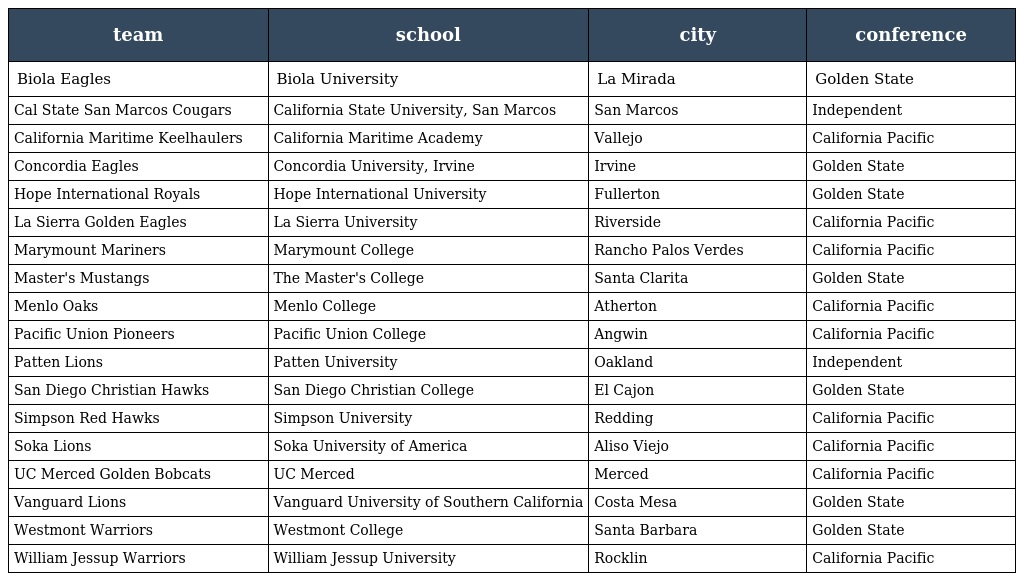
| team | school | city | conference |
 | --- | --- | --- | --- |
 | Biola Eagles | Biola University | La Mirada | Golden State |
 | Cal State San Marcos Cougars | California State University, San Marcos | San Marcos | Independent |
 | California Maritime Keelhaulers | California Maritime Academy | Vallejo | California Pacific |
 | Concordia Eagles | Concordia University, Irvine | Irvine | Golden State |
 | Hope International Royals | Hope International University | Fullerton | Golden State |
 | La Sierra Golden Eagles | La Sierra University | Riverside | California Pacific |
 | Marymount Mariners | Marymount College | Rancho Palos Verdes | California Pacific |
 | Master's Mustangs | The Master's College | Santa Clarita | Golden State |
 | Menlo Oaks | Menlo College | Atherton | California Pacific |
 | Pacific Union Pioneers | Pacific Union College | Angwin | California Pacific |
 | Patten Lions | Patten University | Oakland | Independent |
 | San Diego Christian Hawks | San Diego Christian College | El Cajon | Golden State |
 | Simpson Red Hawks | Simpson University | Redding | California Pacific |
 | Soka Lions | Soka University of America | Aliso Viejo | California Pacific |
 | UC Merced Golden Bobcats | UC Merced | Merced | California Pacific |
 | Vanguard Lions | Vanguard University of Southern California | Costa Mesa | Golden State |
 | Westmont Warriors | Westmont College | Santa Barbara | Golden State |
 | William Jessup Warriors | William Jessup University | Rocklin | California Pacific |